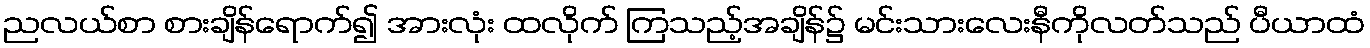
ညလယ်စာ စားချိန်ရောက်၍ အားလုံး ထလိုက် ကြသည့်အချိန်၌ မင်းသားလေးနီကိုလတ်သည် ပီယာထံ